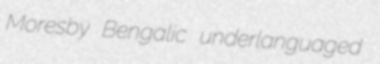
Moresby Bengalic underlanguaged